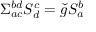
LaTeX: \Sigma _ { a c } ^ { b d } S _ { d } ^ { c } = \check { g } S _ { a } ^ { b }